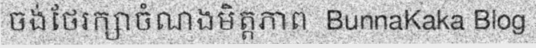
ចង់ថែរក្សាចំណងមិត្តភាព  BunnaKaka Blog